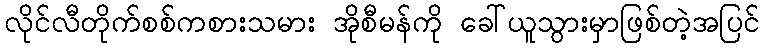
လိုင်လီတိုက်စစ်ကစားသမား အိုစီမန်ကို ခေါ်ယူသွားမှာဖြစ်တဲ့အပြင်